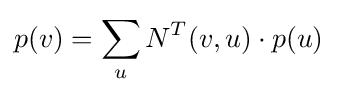
p(v)=\sum _{u}{N^{T}(v,u)\cdot p(u)}